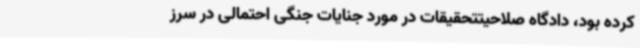
کرده بود، دادگاه صلاحیتتحقیقات در مورد جنایات جنگی احتمالی در سرز